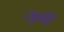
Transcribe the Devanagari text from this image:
तूर्की